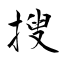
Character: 搜